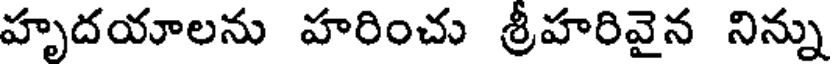
హృదయాలను హరించు శ్రీహరివైన నిన్ను